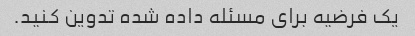
یک فرضیه برای مسئله داده شده تدوین کنید.